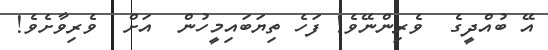
އޭ ބުއްދީގެ  ވެރިންނޭވެ! ފަހެ ތިޔަބައިމީހުން  އަށް  ވެރިވާށެވެ!